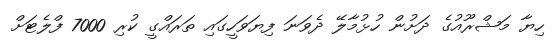
ހިޔާ މަޝްރޫއުގެ ދަށުން ހުޅުމާލޭ ދެވަނަ ފިޔަވަހީގައި ތަރައްގީ ކުރި 7000 ފްލެޓަށް